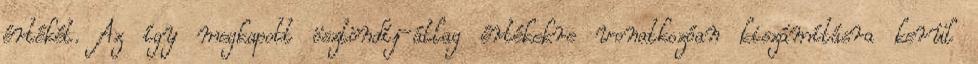
értékét. Az így megkapott ösztöndíj-átlag értékekre vonatkozóan kiszámításra kerül